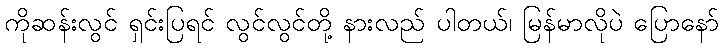
ကိုဆန်းလွင် ရှင်းပြရင် လွင်လွင်တို့ နားလည် ပါတယ်၊ မြန်မာလိုပဲ ပြောနော်